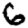
Digit: 6